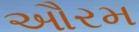
ઔરમ